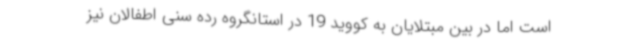
است اما در بین مبتلایان به کووید 19 در استانگروه رده سنی اطفالان نیز